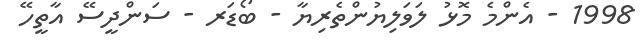
1998 - އެންމެ މޮޅު ލަވަލިޔުންތެރިޔާ - ބޯޑަރ - ސަންދީސޭ އާތީހޭ